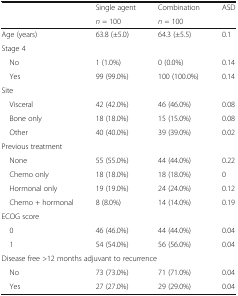
<table><thead><tr><td rowspan="2"></td><td><b>Single agent</b></td><td><b>Combination</b></td><td rowspan="2"><b>ASD</b></td></tr><tr><td><b><i>n</i> = 100</b></td><td><b><i>n</i> = 100</b></td></tr></thead><tbody><tr><td>Age (years)</td><td>63.8 (±5.0)</td><td>64.3 (±5.5)</td><td>0.1</td></tr><tr><td colspan="4">Stage 4</td></tr><tr><td> No</td><td>1 (1.0%)</td><td>0 (0.0%)</td><td>0.14</td></tr><tr><td> Yes</td><td>99 (99.0%)</td><td>100 (100.0%)</td><td>0.14</td></tr><tr><td colspan="4">Site</td></tr><tr><td> Visceral</td><td>42 (42.0%)</td><td>46 (46.0%)</td><td>0.08</td></tr><tr><td> Bone only</td><td>18 (18.0%)</td><td>15 (15.0%)</td><td>0.08</td></tr><tr><td> Other</td><td>40 (40.0%)</td><td>39 (39.0%)</td><td>0.02</td></tr><tr><td colspan="4">Previous treatment</td></tr><tr><td> None</td><td>55 (55.0%)</td><td>44 (44.0%)</td><td>0.22</td></tr><tr><td> Chemo only</td><td>18 (18.0%)</td><td>18 (18.0%)</td><td>0</td></tr><tr><td> Hormonal only</td><td>19 (19.0%)</td><td>24 (24.0%)</td><td>0.12</td></tr><tr><td> Chemo + hormonal</td><td>8 (8.0%)</td><td>14 (14.0%)</td><td>0.19</td></tr><tr><td colspan="4">ECOG score</td></tr><tr><td> 0</td><td>46 (46.0%)</td><td>44 (44.0%)</td><td>0.04</td></tr><tr><td> 1</td><td>54 (54.0%)</td><td>56 (56.0%)</td><td>0.04</td></tr><tr><td colspan="4">Disease free &gt;12 months adjuvant to recurrence</td></tr><tr><td> No</td><td>73 (73.0%)</td><td>71 (71.0%)</td><td>0.04</td></tr><tr><td> Yes</td><td>27 (27.0%)</td><td>29 (29.0%)</td><td>0.04</td></tr></tbody></table>